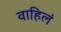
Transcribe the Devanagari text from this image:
वाहिलं